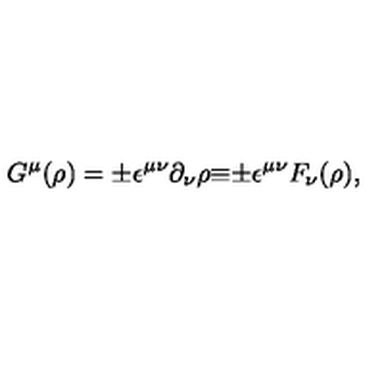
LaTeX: G ^ { \mu } ( \rho ) = { \pm } { \epsilon } ^ { { \mu } { \nu } } { \partial } _ { \nu } { \rho } { \equiv } { \pm } { \epsilon } ^ { { \mu } { \nu } } F _ { \nu } ( \rho ) ,